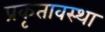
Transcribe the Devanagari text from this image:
प्रकृतावस्था